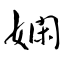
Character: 嫻